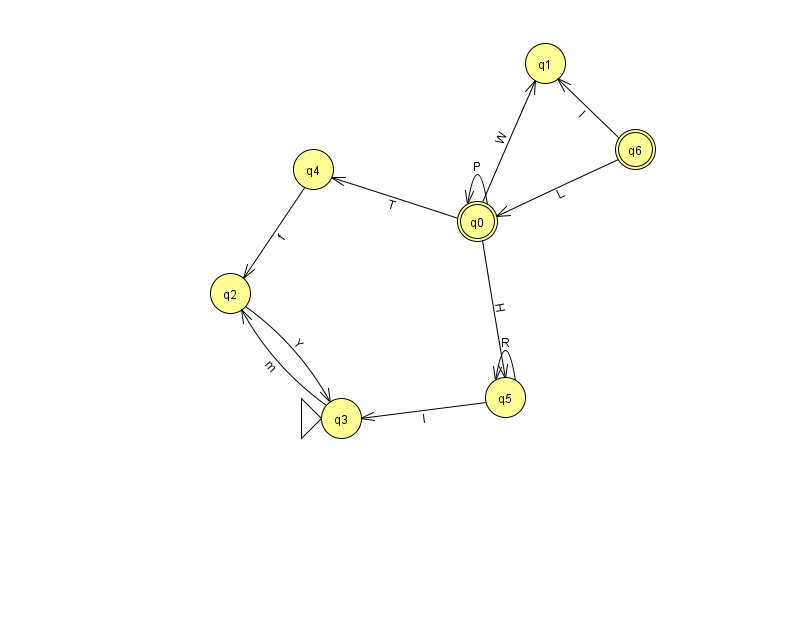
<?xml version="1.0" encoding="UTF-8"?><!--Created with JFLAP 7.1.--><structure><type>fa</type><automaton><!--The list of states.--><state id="0" name="q0"><x>477.0</x><y>208.0</y><final/></state><state id="1" name="q1"><x>545.0</x><y>50.0</y></state><state id="2" name="q2"><x>230.0</x><y>280.0</y></state><state id="3" name="q3"><x>341.0</x><y>405.0</y><initial/></state><state id="4" name="q4"><x>313.0</x><y>156.0</y></state><state id="5" name="q5"><x>505.0</x><y>384.0</y></state><state id="6" name="q6"><x>635.0</x><y>136.0</y><final/></state><!--The list of transitions.--><transition><from>0</from><to>0</to><read>P</read></transition><transition><from>4</from><to>2</to><read>f</read></transition><transition><from>2</from><to>3</to><read>Y</read></transition><transition><from>5</from><to>5</to><read>R</read></transition><transition><from>0</from><to>1</to><read>W</read></transition><transition><from>0</from><to>4</to><read>T</read></transition><transition><from>3</from><to>2</to><read>m</read></transition><transition><from>0</from><to>5</to><read>H</read></transition><transition><from>6</from><to>0</to><read>L</read></transition><transition><from>5</from><to>3</to><read>l</read></transition><transition><from>6</from><to>1</to><read>l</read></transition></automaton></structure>